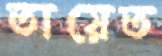
তায়েত